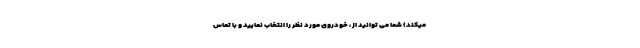
میکند) شما می توانید از ، خودروی مورد نظر را انتخاب نمایید و با تماس